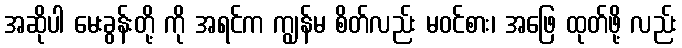
အဆိုပါ မေးခွန်းတို့ ကို အရင်က ကျွန်မ စိတ်လည်း မဝင်စား၊ အဖြေ ထုတ်ဖို့ လည်း